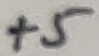
Text: +5